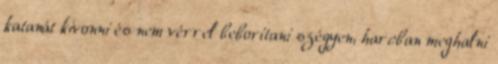
katanát kivonni és nem vérrel beborítani szégyen, harcban meghalni